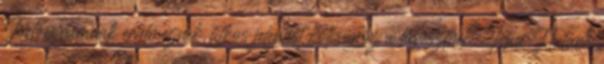
Iudoeorumnak értelmeznek, titkos jelentést kölcsönöz a keresztnek: Igne Natura